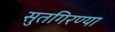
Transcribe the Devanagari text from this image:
सुतगिरण्या